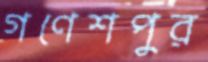
গণেশপুর